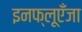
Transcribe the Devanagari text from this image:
इनफ्लूएँजा